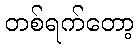
တစ်ရက်တော့